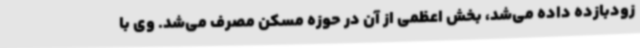
زودبازده داده می‌شد، بخش اعظمی از آن در حوزه مسکن مصرف می‌شد. وی با